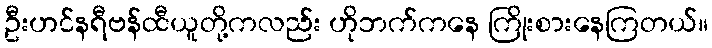
ဦးဟင်နရီဗန်ထီယူတို့ကလည်း ဟိုဘက်ကနေ ကြိုးစားနေကြတယ်။